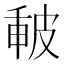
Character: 𤿪